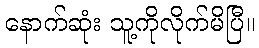
နောက်ဆုံး သူ့ကိုလိုက်မိပြီ။